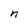
Character: n